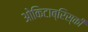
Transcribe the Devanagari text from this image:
ओकिटाब्रिस्की